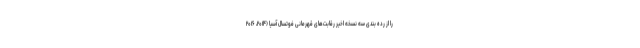
را از رده بندی سه نسخه اخیر رقابت‌های قهرمانی فوتسال آسیا (۲۰۱۴، ۲۰۱۶